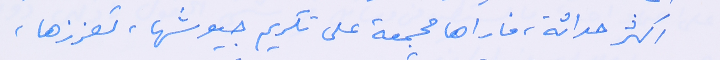
اكثر حداثة، فاراها مجمعة على تكريم جيوشها، تعززها،